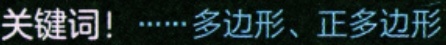
关键词！……多边形、正多边形